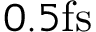
0 . 5 \mathrm { f s }